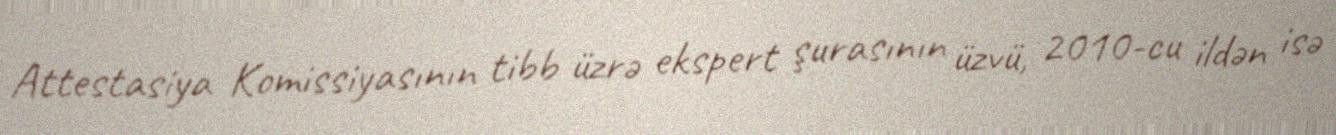
Attestasiya Komissiyasının tibb üzrə ekspert şurasının üzvü, 2010-cu ildən isə